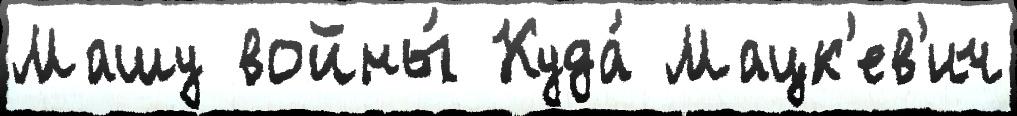
Машу войны́ Куда́ Мацк'ев'ич